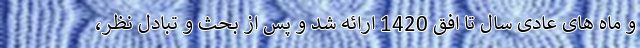
و ماه های عادی سال تا افق 1420 ارائه شد و پس از بحث و تبادل نظر،